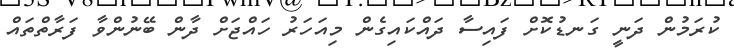
ކުރަމުން ދަނީ ގަނޑުކޮށް ފައިސާ ދައްކައިގެން މިއަހަރު ހައްޖަށް ދާން ބޭނުންވާ ފަރާތްތައް